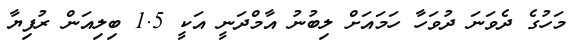
މަހުގެ ދެވަނަ ދުވަހާ ހަމައަށް ލިބުނު އާމްދަނީ އަކީ 1.5 ބިލިއަން ރުފިޔާ